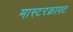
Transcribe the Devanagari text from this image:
मास्टरक्राफ्ट